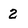
Character: 2